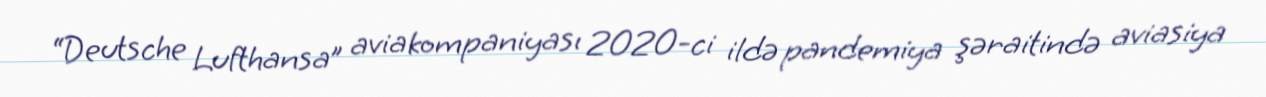
“Deutsche Lufthansa” aviakompaniyası 2020-ci ildə pandemiya şəraitində aviasiya